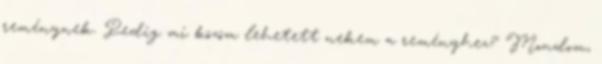
reménynek. Pedig mi közöm lehetett nekem a reményhez? Mondom,